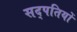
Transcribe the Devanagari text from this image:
सद्पतियों